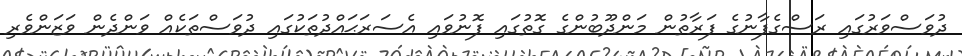
ދުވަސްވަރުގައި ރަސްގެފާނުގެ ފަރާތުން މަންދޫބުންގެ ގޮތުގައި ފޮނުވައި އެސަރަޙައްދުތަކުގައި ދުވަސްތަކެއް ވަންދެން ވަޒަންވެރި